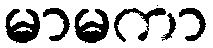
မာမကာ